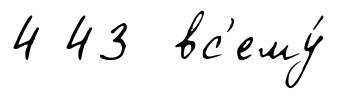
4 43 вс'ему́